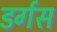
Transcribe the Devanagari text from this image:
डर्गस